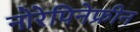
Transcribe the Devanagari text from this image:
नोरेपिनेफ्रीन